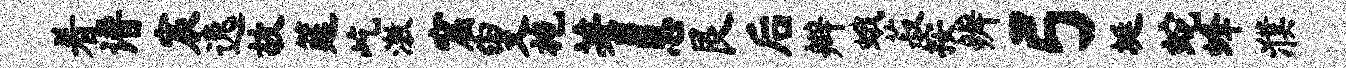
着谱宸逸故筵屹激窟叟施蓍恩艮后辫蛾菽按辨弓埏蛇蜂濮